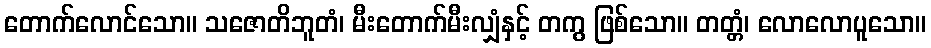
တောက်လောင်သော။ သဇောတိဘူတံ၊ မီးတောက်မီးလျှံနှင့် တကွ ဖြစ်သော။ တတ္တံ၊ လောလောပူသော။